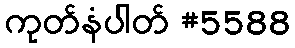
ကုတ်နံပါတ် #5588